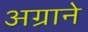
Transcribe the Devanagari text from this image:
अग्राने